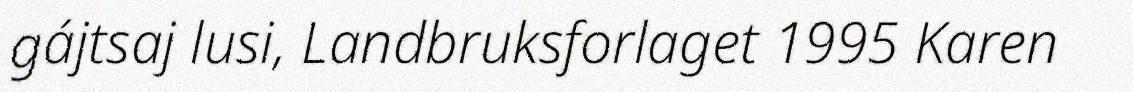
gájtsaj lusi, Landbruksforlaget 1995 Karen